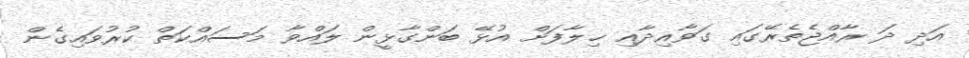
އަދި ދަ ރާއްޖެތެރޭގައި ގަވާއިދާއި ޚިލާފަށް އުޅޭ ބަންގާޅީން ލައްވާ މަސައްކަތް ކުރުވައިގެން